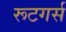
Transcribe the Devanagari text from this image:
रूटगर्स